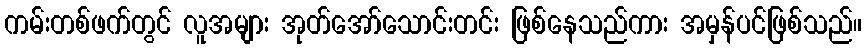
ကမ်းတစ်ဖက်တွင် လူအများ အုတ်အော်သောင်းတင်း ဖြစ်နေသည်ကား အမှန်ပင်ဖြစ်သည်။